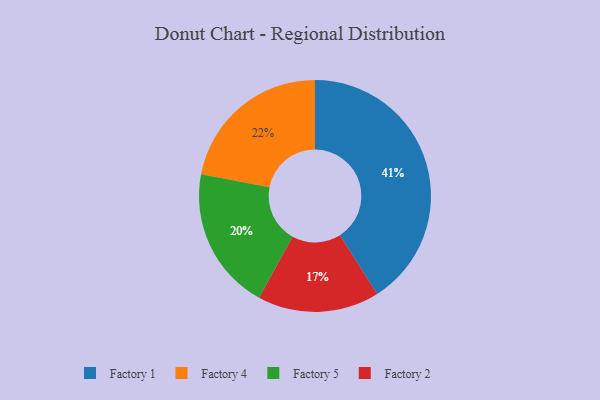
{"axis": {"x": "Category", "y": "Percentage"}, "legend": ["Factory 1", "Factory 2", "Factory 4", "Factory 5"], "data": [{"x": "Factory 4", "y": 22, "type": "Factory 4"}, {"x": "Factory 2", "y": 17, "type": "Factory 2"}, {"x": "Factory 1", "y": 41, "type": "Factory 1"}, {"x": "Factory 5", "y": 20, "type": "Factory 5"}]}